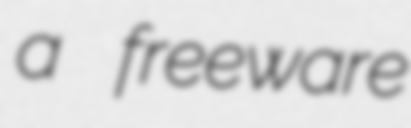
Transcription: a freeware